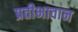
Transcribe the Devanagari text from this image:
प्रतीभावान